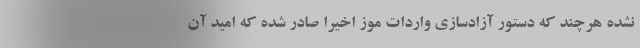
نشده هرچند که دستور آزادسازی واردات موز اخیراً صادر شده که امید آن